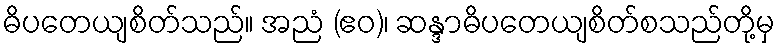
ဓိပတေယျစိတ်သည်။ အညံ (ဧဝ)၊ ဆန္ဒာဓိပတေယျစိတ်စသည်တို့မှ